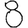
Digit: 8